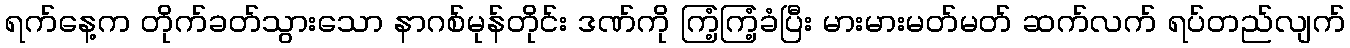
ရက်နေ့က တိုက်ခတ်သွားသော နာဂစ်မုန်တိုင်း ဒဏ်ကို ကြံ့ကြံ့ခံပြီး မားမားမတ်မတ် ဆက်လက် ရပ်တည်လျက်